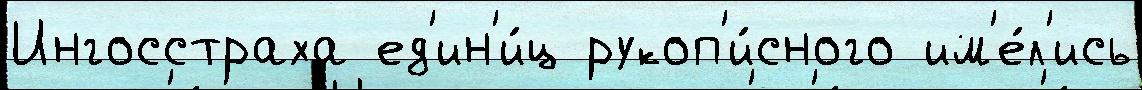
Ингосстраха ед'ин'и́ц рукоп'и́сного им'е́л'ись